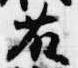
藤